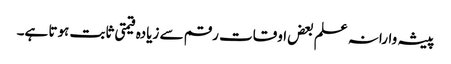
پیشہ وارانہ علم بعض اوقات رقم سے زیادہ قیمتی ثابت ہوتا ہے۔